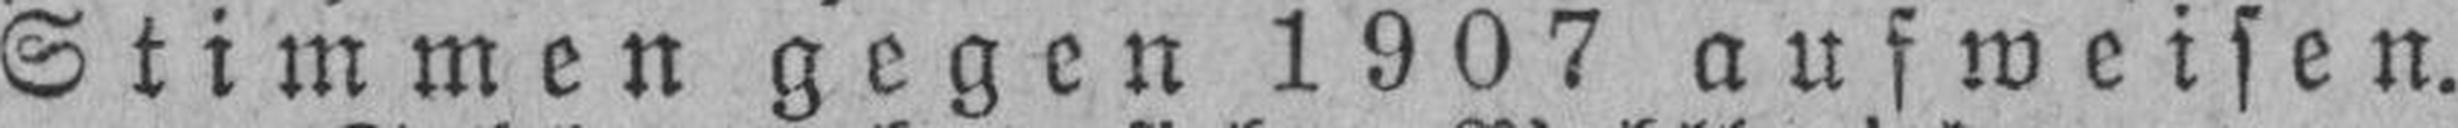
Stimmen gegen 1907 aufweisen.